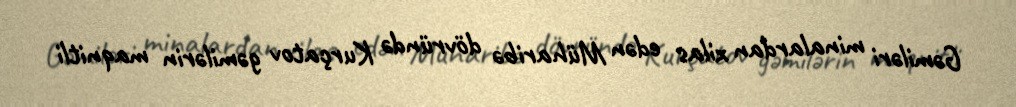
Gəmiləri minalardan xilas edən Müharibə dövründə Kurçatov gəmilərin maqnitli